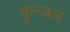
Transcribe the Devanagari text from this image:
कुन्जल